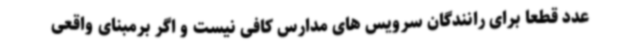
عدد قطعا برای رانندگان سرویس های مدارس کافی نیست و اگر برمبنای واقعی